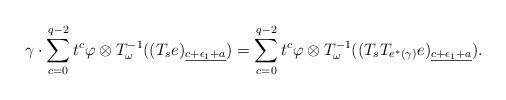
LaTeX: \begin{align*}\gamma\cdot\sum_{c=0}^{q-2}t^{c}\varphi\otimes T^{-1}_{{\omega}}((T_se)_{\underline{c+\epsilon_1+a}})=\sum_{c=0}^{q-2}t^{c}\varphi\otimes T^{-1}_{{\omega}}((T_sT_{e^*(\gamma)}e)_{\underline{c+\epsilon_1+a}}).\end{align*}